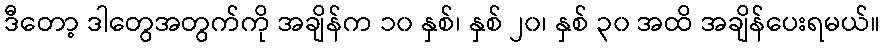
ဒီတော့ ဒါတွေအတွက်ကို အချိန်က ၁၀ နှစ်၊ နှစ် ၂၀၊ နှစ် ၃၀ အထိ အချိန်ပေးရမယ်။